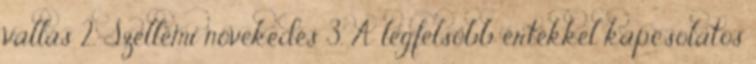
vallás 2. Szellemi növekedés 3. A legfelsőbb értékkel kapcsolatos